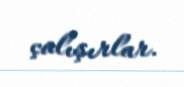
çalışırlar.